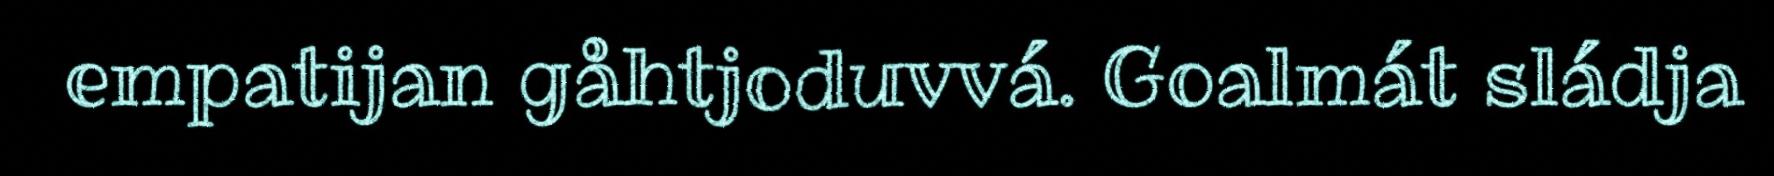
empatijan gåhtjoduvvá. Goalmát sládja